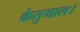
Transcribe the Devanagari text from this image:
केतुमाल।